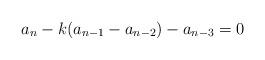
LaTeX: \begin{align*} a_n - k (a_{n - 1} - a_{n - 2}) - a_{n - 3} = 0 \end{align*}